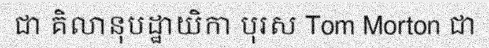
ជា គិលានុបដ្ឋាយិកា បុរស Tom Morton ជា